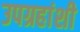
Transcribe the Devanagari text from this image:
उपग्रहांशी